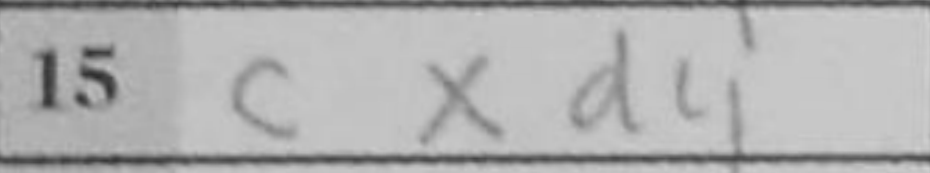
Transcription: cxd4